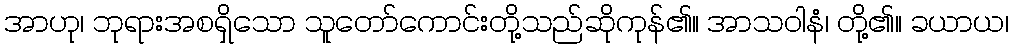
အာဟု၊ ဘုရားအစရှိသော သူတော်ကောင်းတို့သည်ဆိုကုန်၏။ အာသဝါနံ၊ တို့၏။ ခယာယ၊